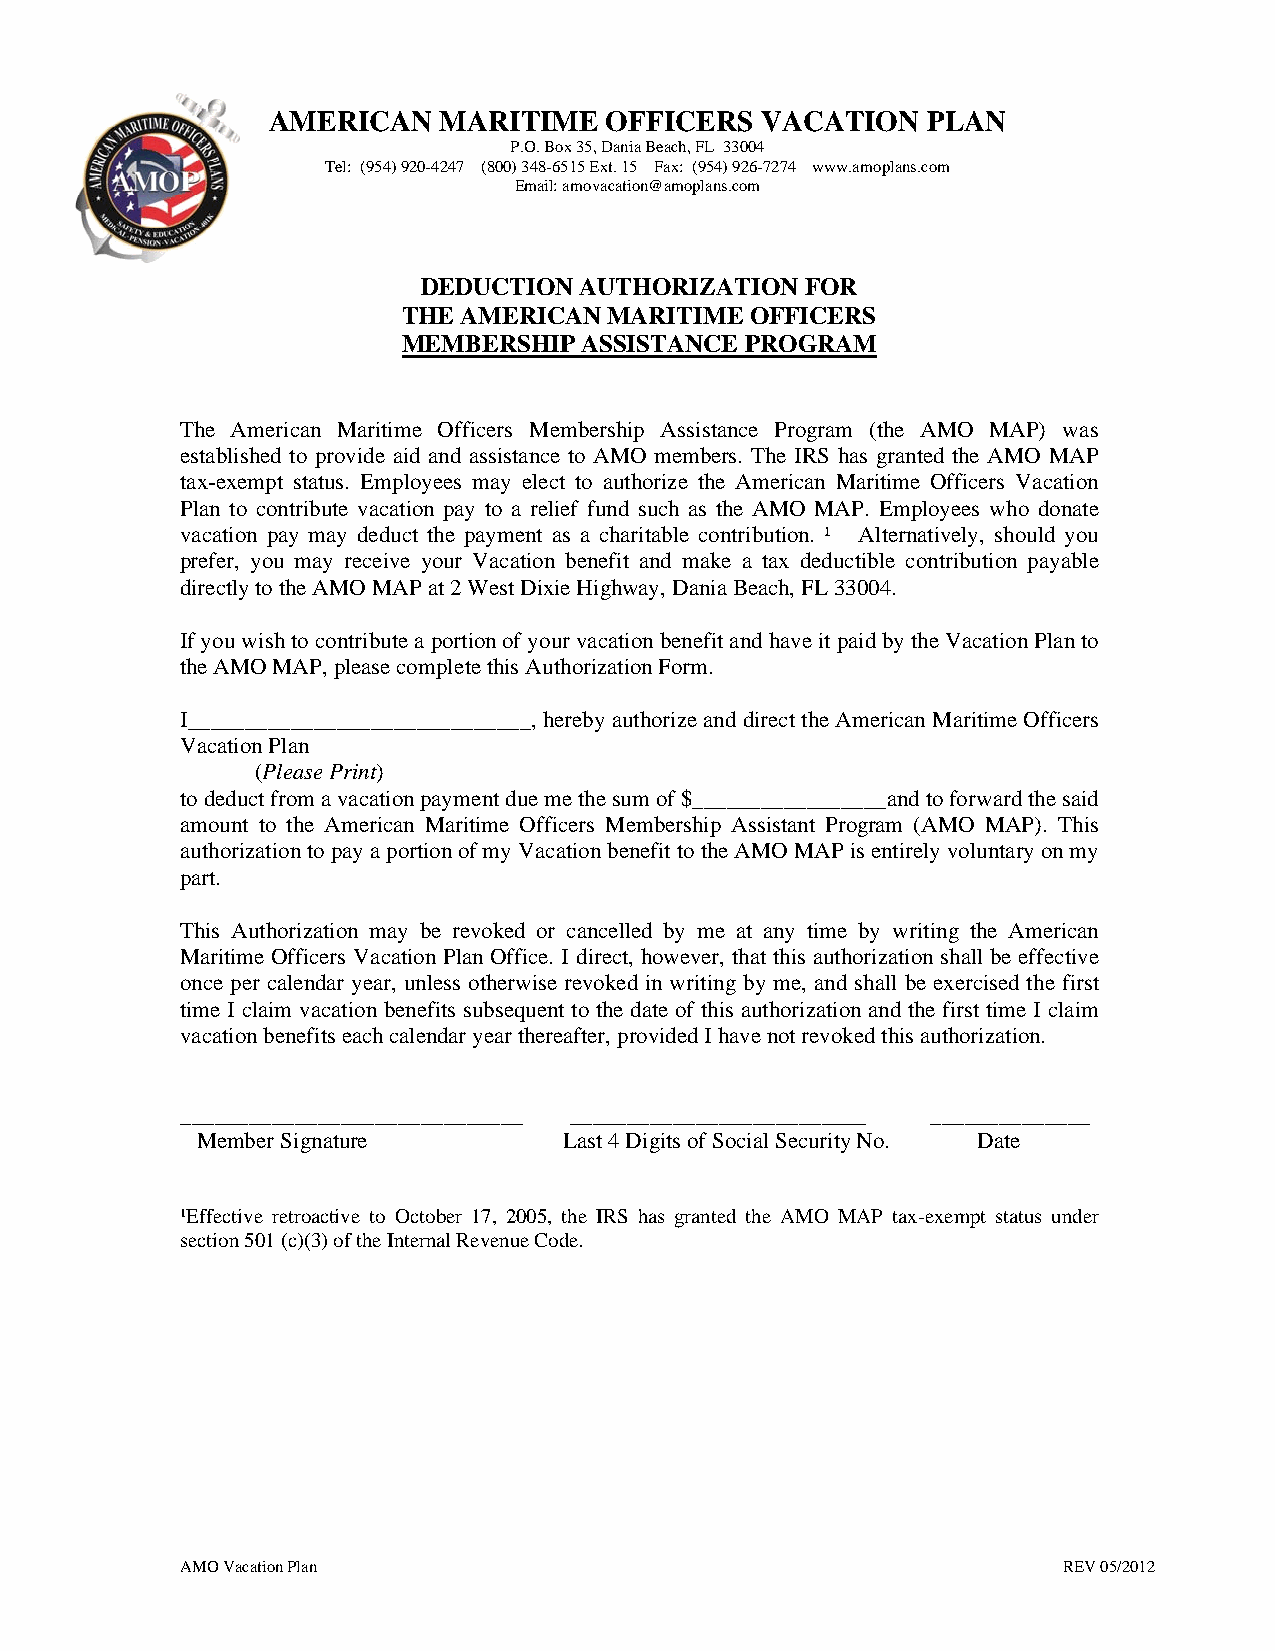
AMERICAN   MARITIME   OFFICERS  VACATION   PLAN
 P.O. Box 35, Dania Beach, FL 33004
 Tel: (954) 920-4247 (800) 348-6515 Ext. 15 Fax: (954) 926-7274 www.amoplans.com
 Email: amovacation@amoplans.com
 DEDUCTION AUTHORIZATION  FOR
 THE AMERICAN MARITIME  OFFICERS
 MEMBERSHIP  ASSISTANCE PROGRAM
 The American Maritime Officers Membership Assistance Program (the AMO MAP) was
 established to provide aid and assistance to AMO members. The IRS has granted the AMO MAP
 tax-exempt status. Employees may elect to authorize the American Maritime Officers Vacation
 Plan to contribute vacation pay to a relief fund such as the AMO MAP. Employees who donate
 vacation pay may deduct the payment as a charitable contribution. ¹ Alternatively, should you
 prefer, you may receive your Vacation benefit and make a tax deductible contribution payable
 directly to the AMO MAP at 2 West Dixie Highway, Dania Beach, FL 33004.
 If you wish to contribute a portion of your vacation benefit and have it paid by the Vacation Plan to
 the AMO MAP, please complete this Authorization Form.
 I______________________________, hereby authorize and direct the American Maritime Officers
 Vacation Plan
 (Please Print)
 to deduct from a vacation payment due me the sum of $_________________and to forward the said
 amount to the American Maritime Officers Membership Assistant Program (AMO MAP). This
 authorization to pay a portion of my Vacation benefit to the AMO MAP is entirely voluntary on my
 part.
 This Authorization may be revoked or cancelled by me at any time by writing the American
 Maritime Officers Vacation Plan Office. I direct, however, that this authorization shall be effective
 once per calendar year, unless otherwise revoked in writing by me, and shall be exercised the first
 time I claim vacation benefits subsequent to the date of this authorization and the first time I claim
 vacation benefits each calendar year thereafter, provided I have not revoked this authorization.
 ______________________________ __________________________ ______________
 Member Signature        Last 4 Digits of Social Security No. Date
 ¹Effective retroactive to October 17, 2005, the IRS has granted the AMO MAP tax-exempt status under
 section 501 (c)(3) of the Internal Revenue Code.
 AMO Vacation Plan                                         REV 05/2012